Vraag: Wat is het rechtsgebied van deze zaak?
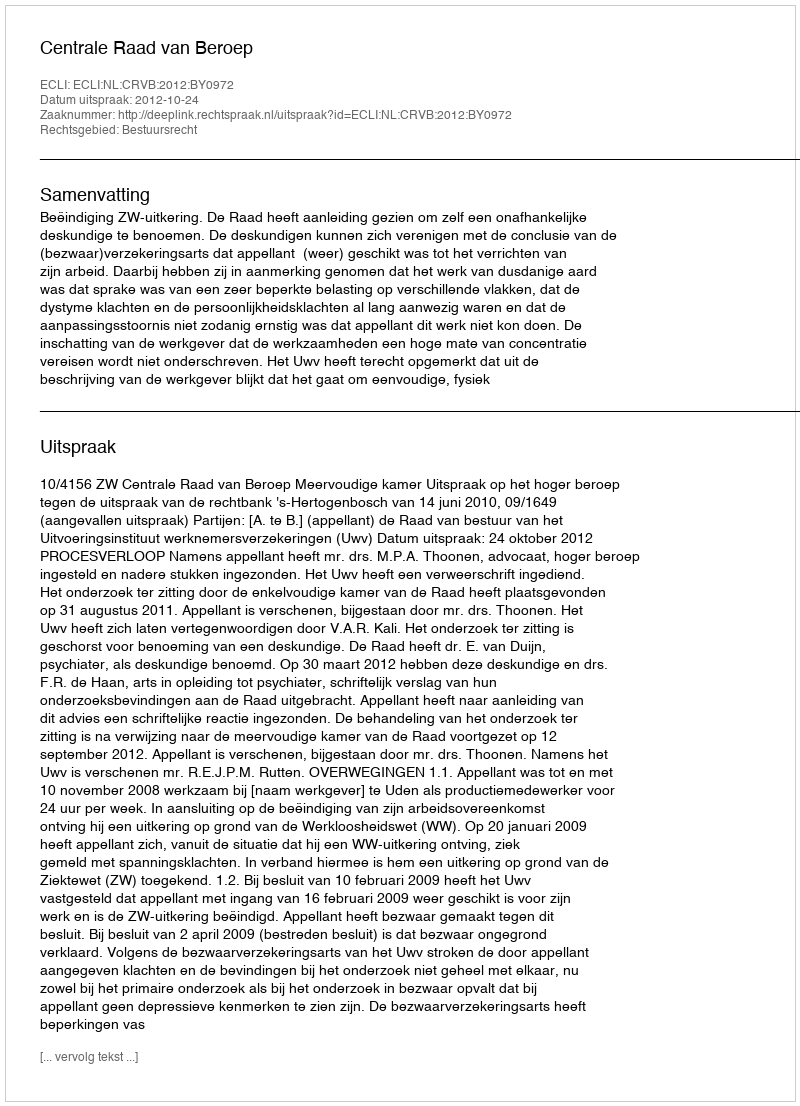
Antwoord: Bestuursrecht